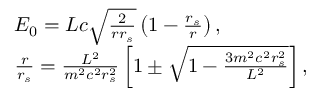
\begin{array} { l } { { \cal { E } } _ { 0 } = { \cal { L } } c \sqrt \frac { 2 } { r r _ { s } } \left( 1 - \frac { r _ { s } } { r } \right) , } \\ { \frac { r } { r _ { s } } = \frac { { \cal { L } } ^ { 2 } } { m ^ { 2 } c ^ { 2 } r _ { s } ^ { 2 } } \left[ 1 \pm \sqrt { 1 - \frac { 3 m ^ { 2 } c ^ { 2 } r _ { s } ^ { 2 } } { { \cal { L } } ^ { 2 } } } \right] , } \end{array}